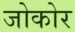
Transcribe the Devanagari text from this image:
जोकोर